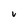
Character: v